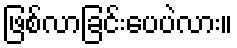
ဖြစ်လာခြင်းပေပဲလား။